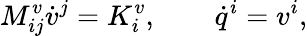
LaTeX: M_{ij}^{v}\dot{v}^{j}=K_{i}^{v},\qquad\dot{q}^{i}=v^{i},